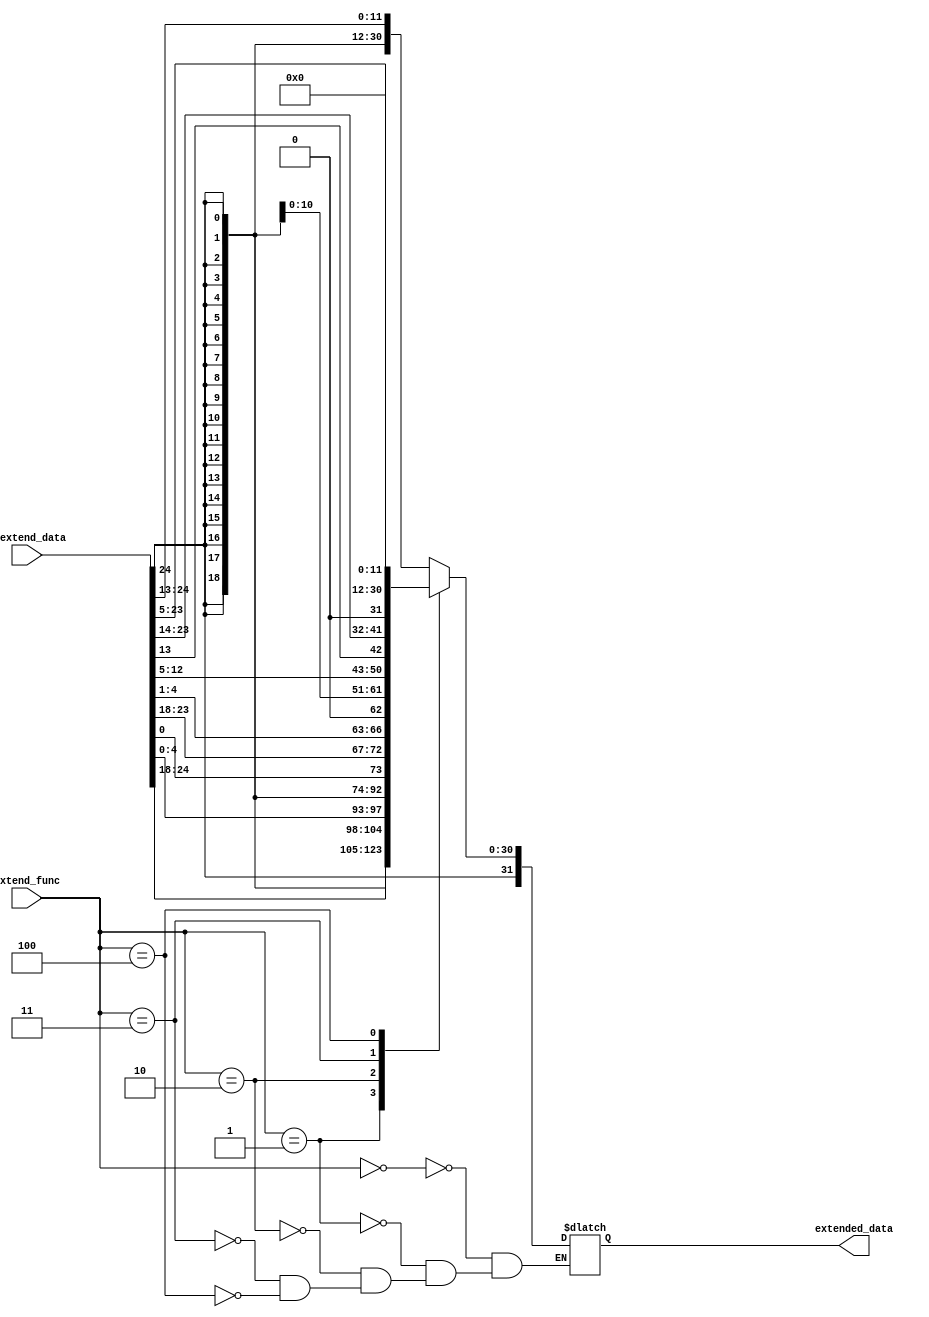
module imm_extend(
    input [24:0]unextend_data,
    input [2:0]extend_func,
    output reg [31:0]extended_data

);
    parameter I_type = 3'b000;
    parameter S_type = 3'b001;
    parameter B_type = 3'b010;
    parameter J_type = 3'b011;
    parameter U_type = 3'b100;

always @(*)
    begin
        case (extend_func)
            I_type: extended_data = {{20{unextend_data[24]}}, unextend_data[24:13]};
            S_type: extended_data = {{20{unextend_data[24]}}, unextend_data[24:18], unextend_data[4:0]};
            B_type: extended_data = {{20{unextend_data[24]}}, unextend_data[0], unextend_data[23:18], unextend_data[4:1], 1'b0};
            J_type: extended_data = {{12{unextend_data[24]}}, unextend_data[12:5], unextend_data[13], unextend_data[23:14], 1'b0};
            U_type: extended_data = {unextend_data[24:5], {12{1'b0}}};
        endcase
end
endmodule